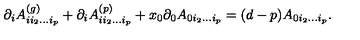
\partial _ { i } A _ { i i _ { 2 } \ldots i _ { p } } ^ { ( g ) } + \partial _ { i } A _ { i i _ { 2 } \ldots i _ { p } } ^ { ( p ) } + x _ { 0 } \partial _ { 0 } A _ { 0 i _ { 2 } \ldots i _ { p } } = ( d - p ) A _ { 0 i _ { 2 } \ldots i _ { p } } .